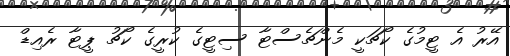
އޭރު އެ ޓީމުގެ ކޯޗަކީ މެންޗެސްޓާ ސިޓީގެ ކުރީގެ ކޯޗު ޕީޓާ ރެއިޑް